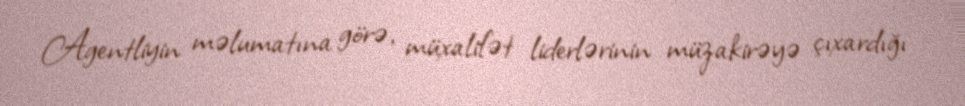
Agentliyin məlumatına görə, müxalifət liderlərinin müzakirəyə çıxardığı